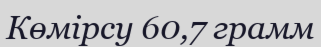
Көмірсу 60,7 грамм